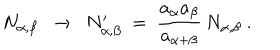
LaTeX: N _ { \alpha , \beta } ~ ~ \rightarrow ~ ~ N _ { \alpha , \beta } ^ { \prime } ~ = ~ { \frac { a _ { \alpha } a _ { \beta } } { a _ { \alpha + \beta } } } \, N _ { \alpha , \beta } ~ .